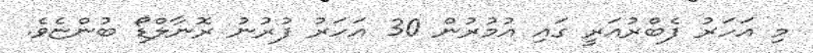
މި އަހަރު ފެބްރުއަރީ ގައި އުމުރުން 30 އަހަރު ފުރުނު ރޮނާލްޑޯ ބުންޏެވެ.